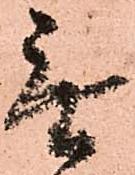
無